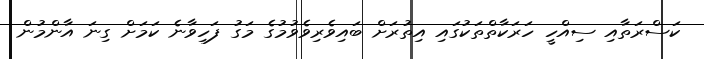
ކަސްރަތާއި ސިއްހީ ހަރަކާތްތަކުގައި އިތުރަށް ބައިވެރިވެވުމުގެ މަގު ފަހިވާނެ ކަމަށް ގިނަ އާންމުން